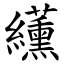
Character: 䌲